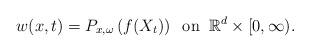
LaTeX: \begin{align*} w(x,t)=P_{x,\omega}\left(f(X_t)\right)\;\;\textrm{on}\;\;\mathbb{R}^d\times[0,\infty).\end{align*}